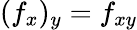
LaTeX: (f_{x})_{y}=f_{xy}